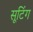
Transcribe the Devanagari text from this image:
सूटिंग